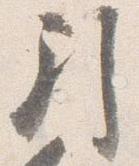
引